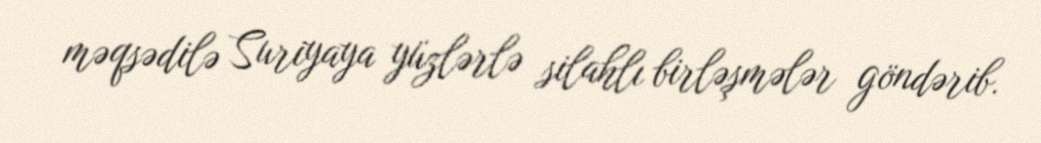
məqsədilə Suriyaya yüzlərlə silahlı birləşmələr göndərib.